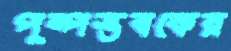
পুষ্পস্তবকের